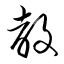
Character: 教